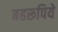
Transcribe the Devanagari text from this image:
बहरूपिये